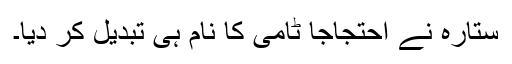
ستارہ نے احتجاجاً ٹامی کا نام ہی تبدیل کر دیا۔